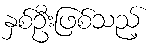
နှစ်ဦးဖြစ်သည့်